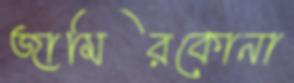
জামিরকোনা